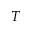
T